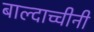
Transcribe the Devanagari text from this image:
बाल्दाच्चीनी